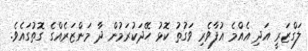
ލަގްޒަރީ އަދި އެއްމެ އުފާވެރި ވަގުތު ކޮޅު ހޭދަކުރަމުން ދާ މަންޒަރެއްގެ ގޮތުގައެވެ.